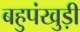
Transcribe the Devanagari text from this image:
बहुपंखुड़ी